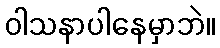
ဝါသနာပါနေမှာဘဲ။